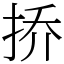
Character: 挢